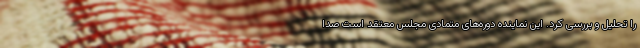
را تحلیل و بررسی کرد. این نماینده دوره‌های متمادی مجلس معتقد است صدا